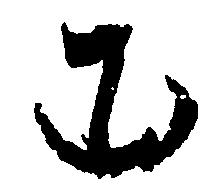
む